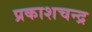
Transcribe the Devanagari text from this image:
प्रकाशचन्द्र